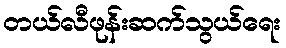
တယ်လီဖုန်းဆက်သွယ်ရေး